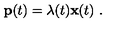
{ \bf p } ( t ) = \lambda ( t ) { \bf x } ( t ) \ .